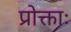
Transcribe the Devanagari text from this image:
प्रोक्ताः